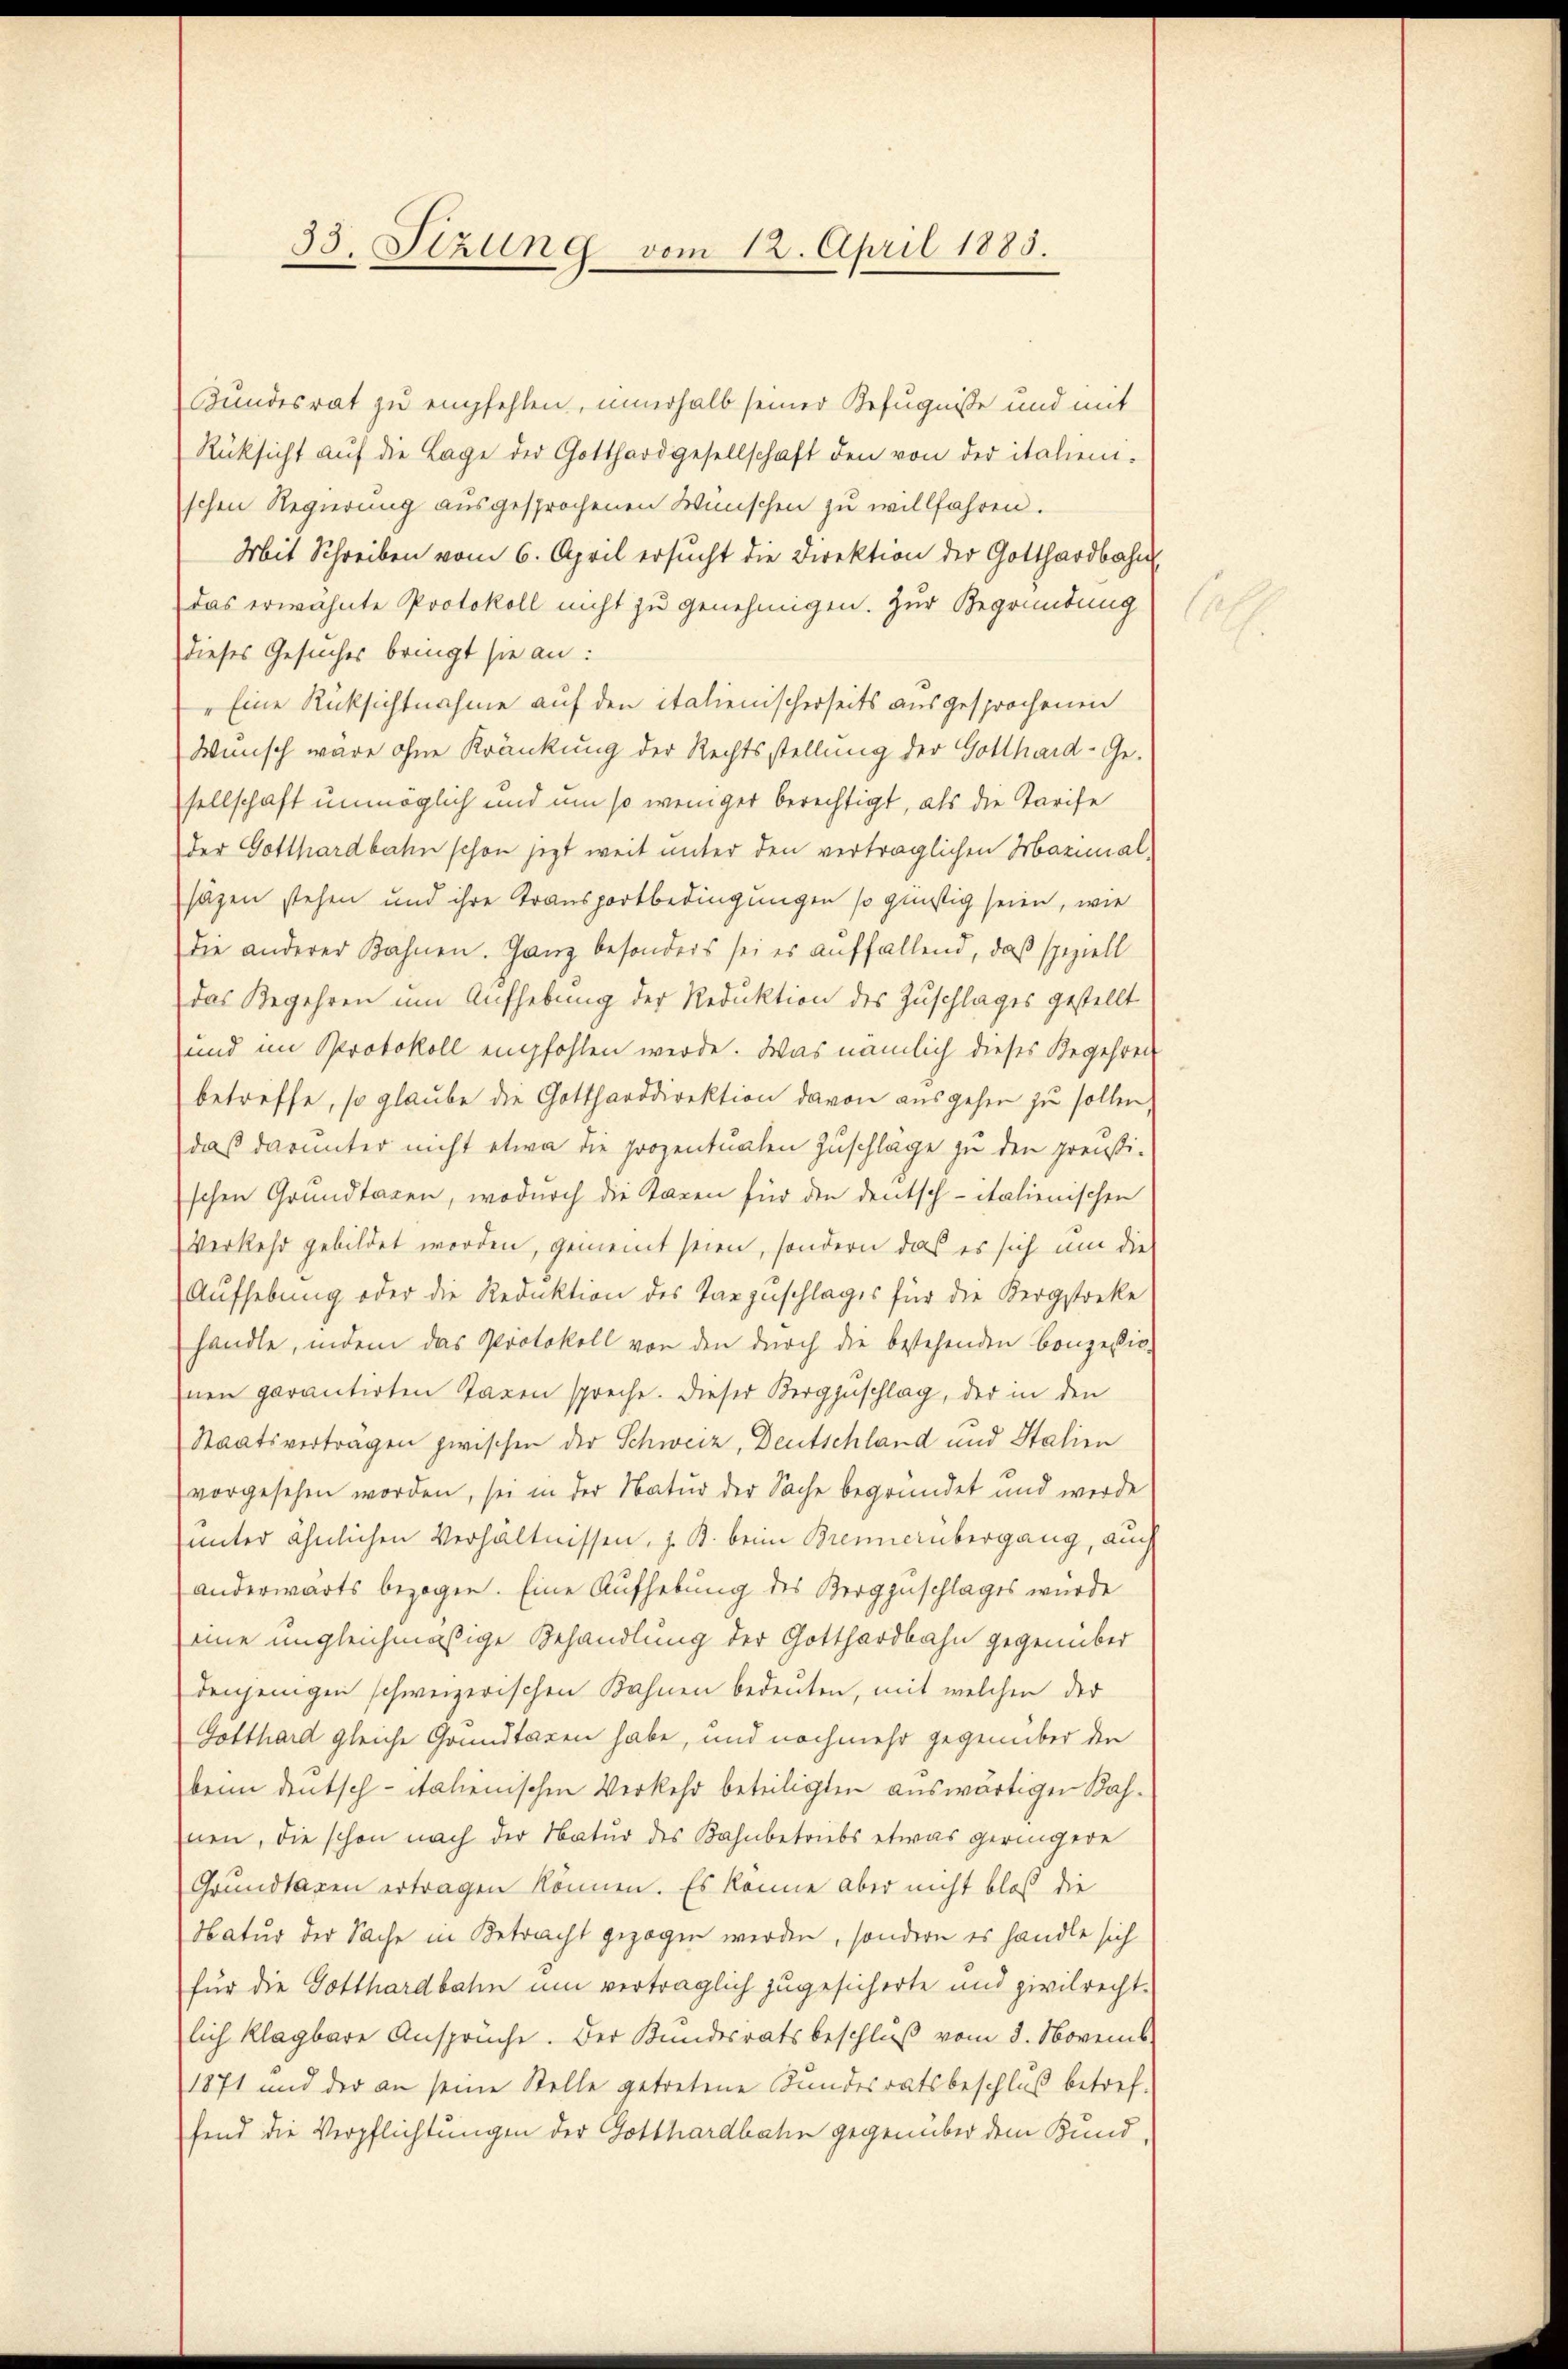
33. Stzung vom 12. April 1885.

Bundesrat zu empfehlen, innerhalb seiner Befugniße und mit
Rücksicht auf die Lage der Gotthardgesellschaft den von der italieni-
schen Regierung ausgesprochenen Wünschen zu willfahren.
Mit Schreiben vom 6. April ersucht die Direktion der Gotthardbahn
das erwähnte Protokoll nicht zu genehmigen. Zur Begründung
dieses Gesuches bringt sie an:
Eine Rücksichtnahme auf den italienischerseits ausgesprochenen
Wunsch wäre ohne Kränkung der Rechtsstellung der Gotthard-Ge-
sellschaft unmöglich und um so weniger berechtigt, als die Tarife
der Gotthardbahn schon jetzt weit unter den verträglichen Marial-
sagen stehen und ihre Transportbedingungen so günstig seien, wie
die anderer Bahnen. Ganz besonders sei es auffallend, daß speziell
das Begehren um Aufhebung der Reduktion des Zuschlages gestellt
und im Protokoll empfohlen werde. Was nämlich dieses Begehren
betreffe, so glaube die Gottharddirektion davon ausgehen zu sollen.
daß darunter nicht etwa die prozentualen Zuschläge zu den preußischen Grundtagen, wodurch die Taxen für den deutsch-italienischen
Verkehr gebildet worden, gemeint seien, sondern das es sich um die
Aufhebung oder die Reduktion des Tanzuschlages für die Bergstreke
handle, indem das Protokoll von den durch die bestehenden Conzessio
nen garantirten Taxen spreche. Dieser Bergzuschlag, der in den
Staatsvertragen zwischen der Schweiz, Deutschland und Stalien
vorgesehen worden, sei in der Natur der Sache begründet und werde
unter ähnlichen Verhältnissen, z. B. beim Brennerübergang, auch
anderwärts bezogen. Eine Aufhebung des Bergzuschlages wurde
eine ungleichmäßige Behandlung der Gotthardbahn gegenüber
denjenigen schweizerischen Bahnen bedeuten, mit welchen der
Gotthard gleiche Grundtagen habe, und nochmehr gegenüber den
beim deutsch - italienischen Verkehr beteiligten auswärtigen Bahnen, die schon nach der Natur des Bahnbetriebs etwas geringere
Grundtaxen ertragen können. Es könne aber nicht bloß die
Natur der Sache in Betracht gezogen werden, sondern es handle sich
für die Gotthardbahn um verträglich zugesicherte und zivilrecht-
lich klagbare Ansprüche. Der Kundesratsbeschluß vom 8. Novemb
1871 und der an seine Stelle getretene Bundesratsbeschluß betref-
fend die Verpflichtungen der Gotthardbahn gegenüber dem Bund¬

1